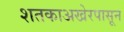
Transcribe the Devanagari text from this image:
शतकाअखेरपासून